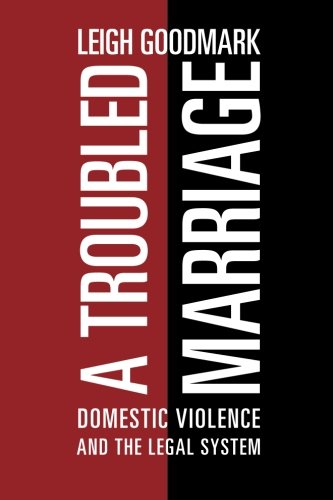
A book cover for A Troubled Marriage: Domestic Violence and the Legal System; Leigh Goodmark; Law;